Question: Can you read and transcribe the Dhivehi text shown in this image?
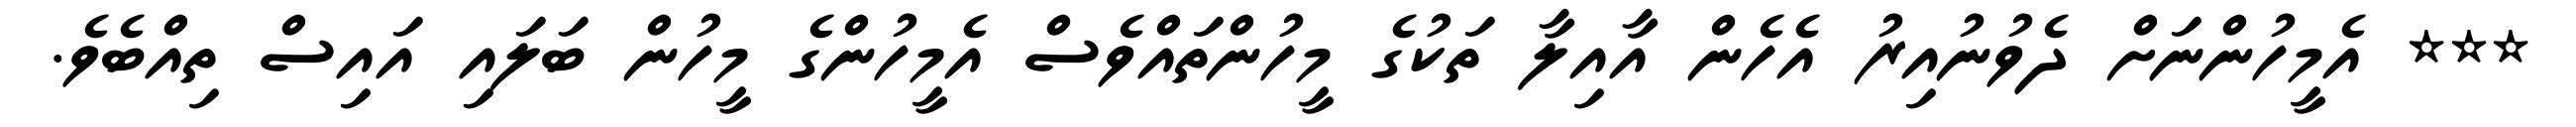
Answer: *** އެމީހުންނަށް ދެވުނުއިރު އެހެން އާއިލާ ތަކުގެ މީހުންތައްވެސް އެމީހުންގެ މީހުން ބަލައި އައިސް ތިއްބެވެ.